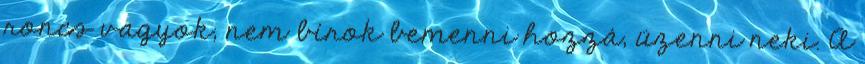
roncs vagyok, nem bírok bemenni hozzá, üzenni neki. A